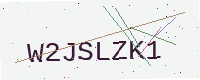
Text: W2JSLZK1